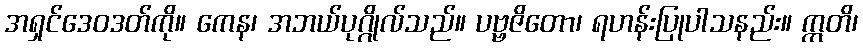
အရှင်ဒေဝဒတ်ကို။ ကေန၊ အဘယ်ပုဂ္ဂိုလ်သည်။ ပဗ္ဗဇိတော၊ ရဟန်းပြုပါသနည်း။ ဣတိ၊